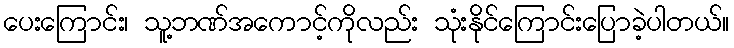
ပေးကြောင်း၊ သူ့ဘဏ်အကောင့်ကိုလည်း သုံးနိုင်ကြောင်းပြောခဲ့ပါတယ်။